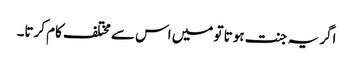
اگر یہ جنت ہوتا تو میں اس سے مختلف کام کرتا۔